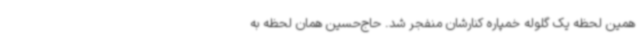
همین لحظه یک گلوله خمپاره کنارشان منفجر شد. حاج‌حسین همان لحظه به